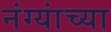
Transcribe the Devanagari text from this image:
नंग्यांच्या